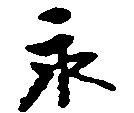
永